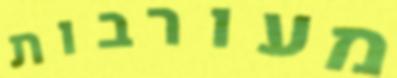
מעורבות